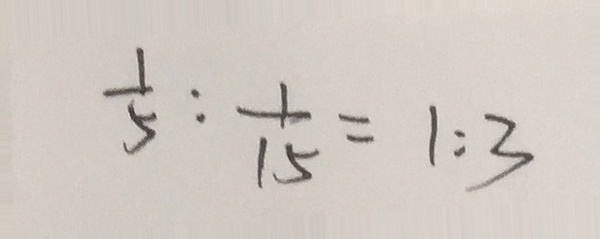
\frac { 1 } { 5 } : \frac { 1 } { 1 5 } = 1 : 3